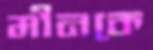
মীনকে